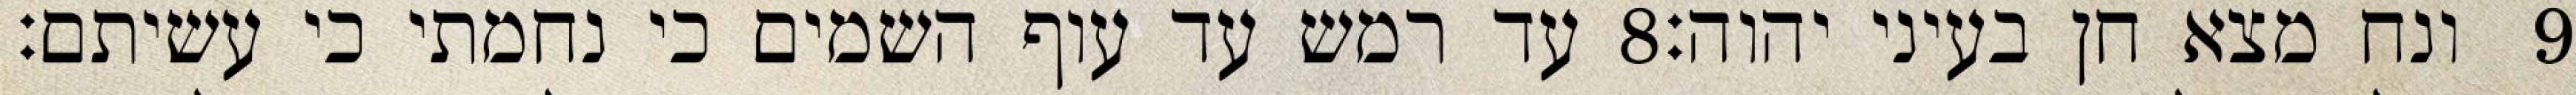
עד רמש עד עוף השמים כי נחמתי כי עשיתם׃ ‎8‏ ונח מצא חן בעיני יהוה׃ ‎9‏